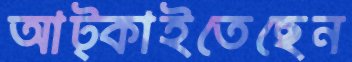
আট্‌কাইতেছেন